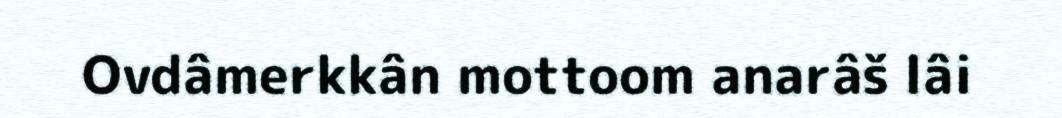
Ovdâmerkkân mottoom anarâš lâi